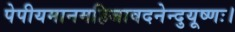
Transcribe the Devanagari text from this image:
पेपीयमानमहिजावदनेन्दुयूष्णः।